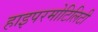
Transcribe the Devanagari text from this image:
हाइपरमोटिलिटी